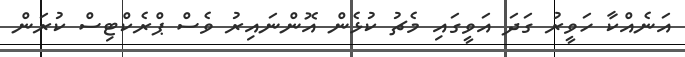
އަނެއްކާ ހަވީރު ގަދަ އަވީގައި މެޗު ކުޅެން އޮންނައިރު ވެސް ޕްރެކްޓިސް ކުރަން